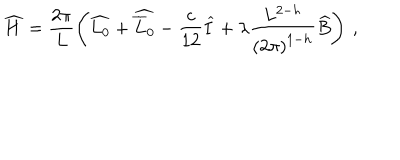
LaTeX: \widehat { H } = \displaystyle \frac { 2 \pi } { L } \left( \widehat { L _ { 0 } } + \widehat { \overline { { { L } } } _ { 0 } } - \displaystyle \frac { c } { 1 2 } \widehat { I } + \lambda \displaystyle \frac { L ^ { 2 - h } } { \left( 2 \pi \right) ^ { 1 - h } } \widehat { B } \right) \: ,